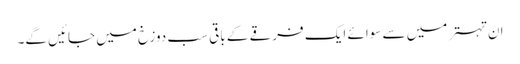
ان تہتر میں سے سوائے ایک فرقے کے باقی سب دوزخ میں جائیں گے۔